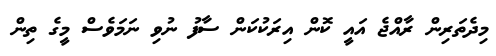
މިދެތަރިން ރާއްޖެ އައީ ކޮން އިރަކުކަން ސާފު ނުވި ނަމަވެސް މީގެ ތިން